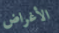
الأغراض